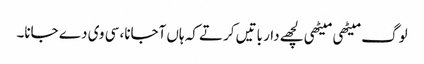
لوگ میٹھی میٹھی لچھے دار باتیں کرتے کہ ہاں آجانا، سی وی دے جانا۔